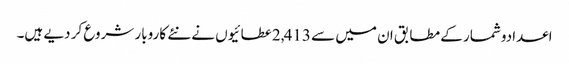
اعدادوشمار کے مطابق ان میں سے 2,413عطائیوں نے نئے کاروبار شروع کر دیے ہیں۔